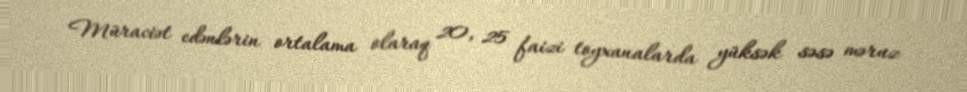
Müraciət edənlərin ortalama olaraq 20, 25 faizi toyxanalarda yüksək səsə məruz